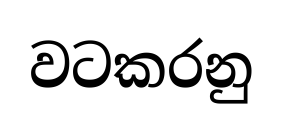
වටකරනු